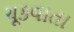
ચૂકવાતા